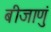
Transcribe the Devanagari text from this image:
बीजाणुं